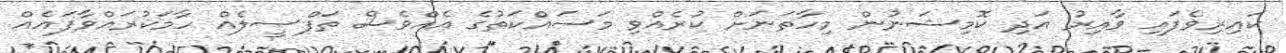
ކައިރިވެފައި ވާއިރު އަދި ކޮމިޝަނުން މިހާތަނަށް ކުރެއްވި މަސައްކަތުގެ އެއްވެސް ތަފްސީލެއް ހާމަކުރައްވާފައެއް